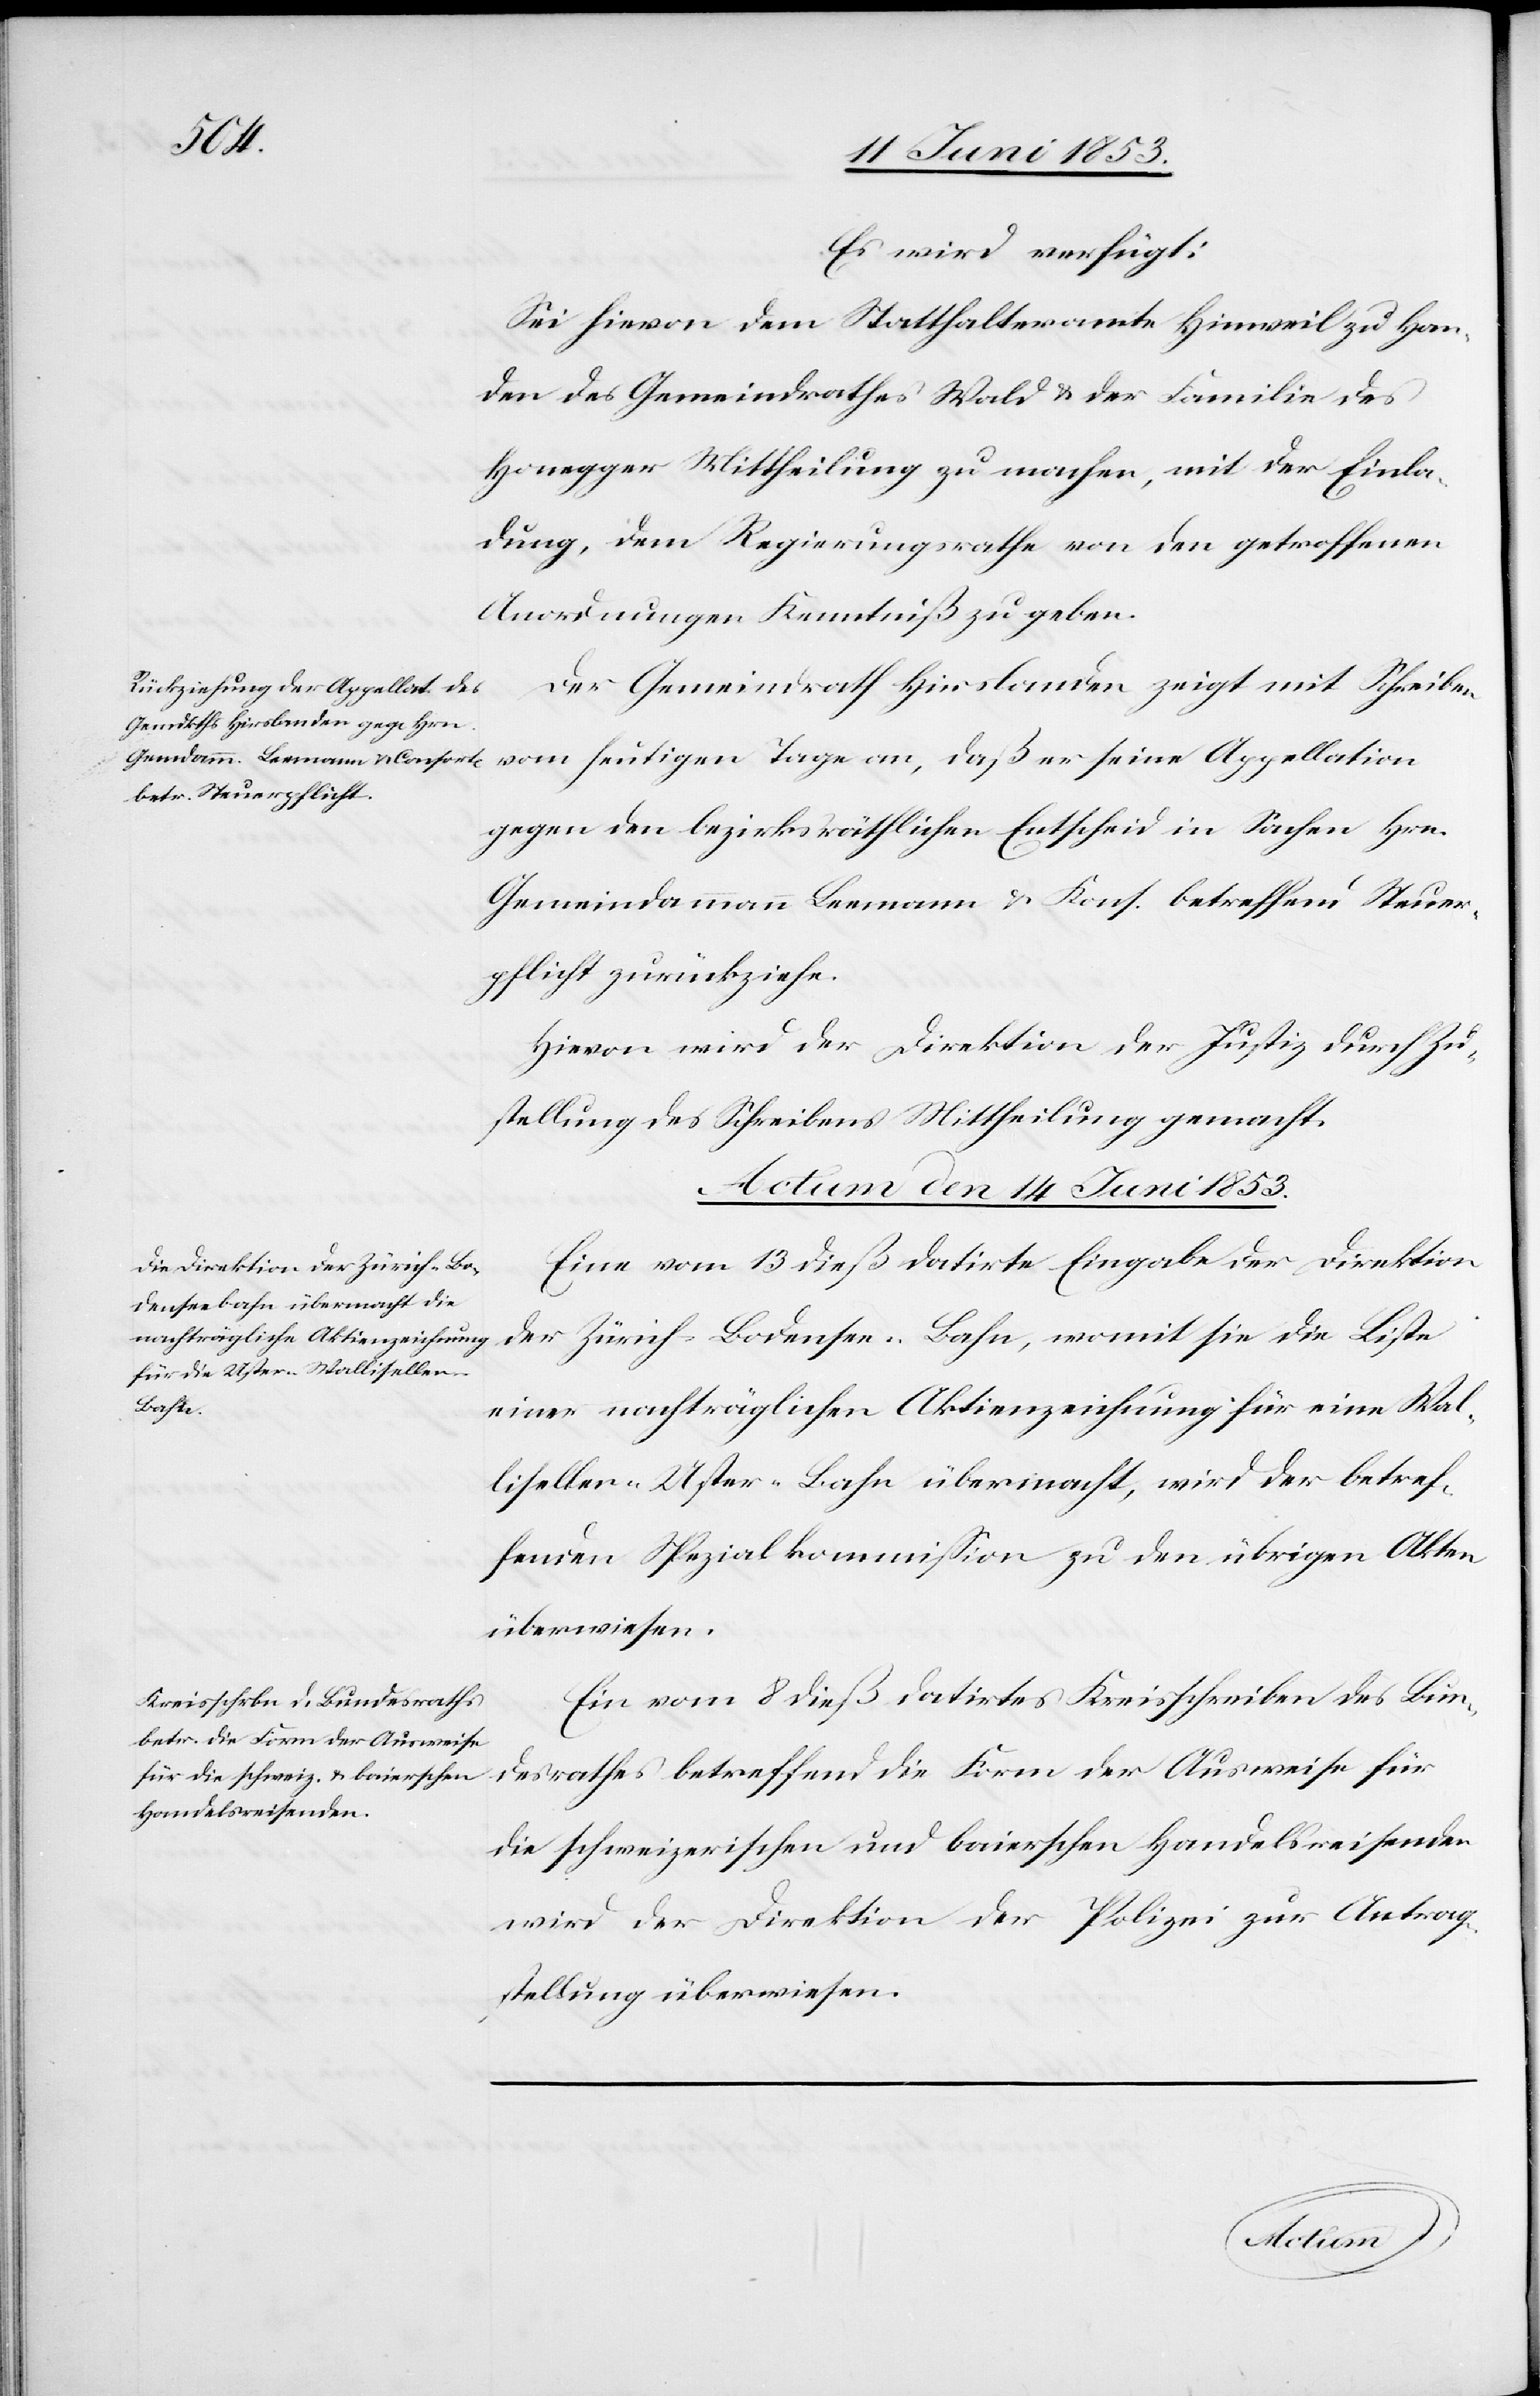
Es wird verfügt:
Sei hievon dem Statthalteramte Hinweil zu Han¬
den des Gemeindrathes Wald u. der Familie des
Honegger Mittheilung zu machen, mit der Einla¬
dung, dem Regierungsrathe von den getroffenen
Anordnungen Kenntniß zu geben.
Der Gemeindrath Hirslanden zeigt mit Schreiben
vom heutigen Tage an, daß er seine Appellation
gegen den bezirksräthlichen Entscheid in Sachen Hrn.
Gemeindammann Leemann u. Kons. betreffend Steuer¬
pflicht zurückziehe.
Hievon wird der Direktion der Justiz durch Zu¬
stellung des Schreibens Mittheilung gemacht.
Actum den 14 Juni 1853.]
Eine vom 13 dieß datirte Eingabe der Direktion
der Zürich-Bodensee-Bahn, womit sie die Liste
einer nachträglichen Aktienzeichnung für eine Wal¬
lisellen-Uster-Bahn übermacht, wird der betref¬
fenden Spezialkommißion zu den übrigen Akten
überwiesen.
Ein vom 8 dieß datirtes Kreisschreiben des Bun¬
desrathes betreffend die Form der Ausweise für
die schweizerischen und baierschen Handelsreisenden
wird der Direktion der Polizei zur Antrag¬
stellung überwiesen.